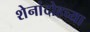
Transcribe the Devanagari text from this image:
शेनांदोहच्या